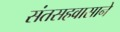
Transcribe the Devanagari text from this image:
संतसहवासाने